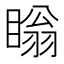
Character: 瞈